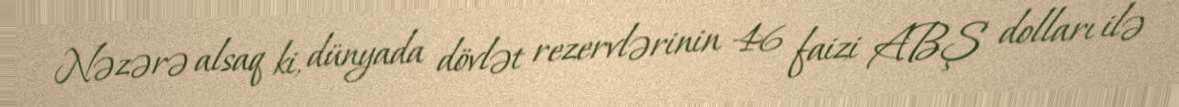
Nəzərə alsaq ki, dünyada dövlət rezervlərinin 46 faizi ABŞ dolları ilə